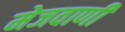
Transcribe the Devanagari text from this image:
मेजवाणी